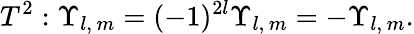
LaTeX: T^{2}:\Upsilon_{l,\, m}=(-1)^{2l}\Upsilon_{l,\, m}=-\Upsilon_{l,\, m}.